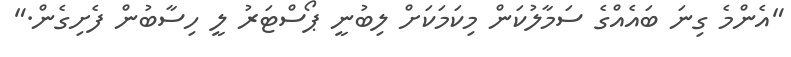
"އެންމެ ގިނަ ބައެއްގެ ސަމާލުކަން މިކަމަކަށް ލިބުނީ ޕޯސްޓަރު ލީ ހިސާބުން ފެށިގެން."